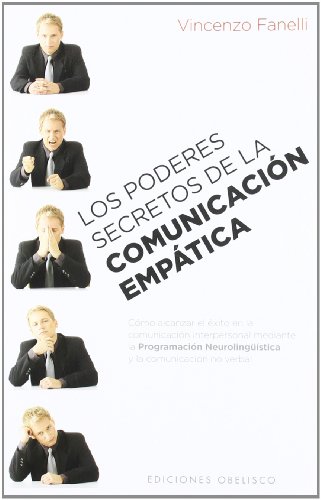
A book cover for Los poderes secretos de la comunicacion empatica (Coleccion Psicologia) (Spanish Edition); Vincenzo  Fanelli; Self-Help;